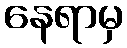
နေရာမှ